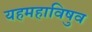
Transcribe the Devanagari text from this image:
यहमहाविषुव